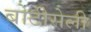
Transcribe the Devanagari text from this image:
बोटीसेली